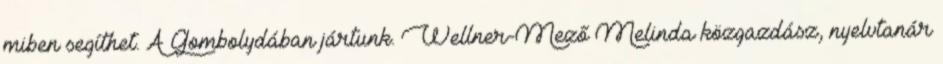
miben segíthet. A Gombolydában jártunk. Wellner-Mező Melinda közgazdász, nyelvtanár